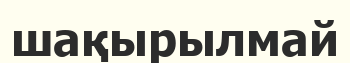
шақырылмай